Scottish Certificate of Education, 1963
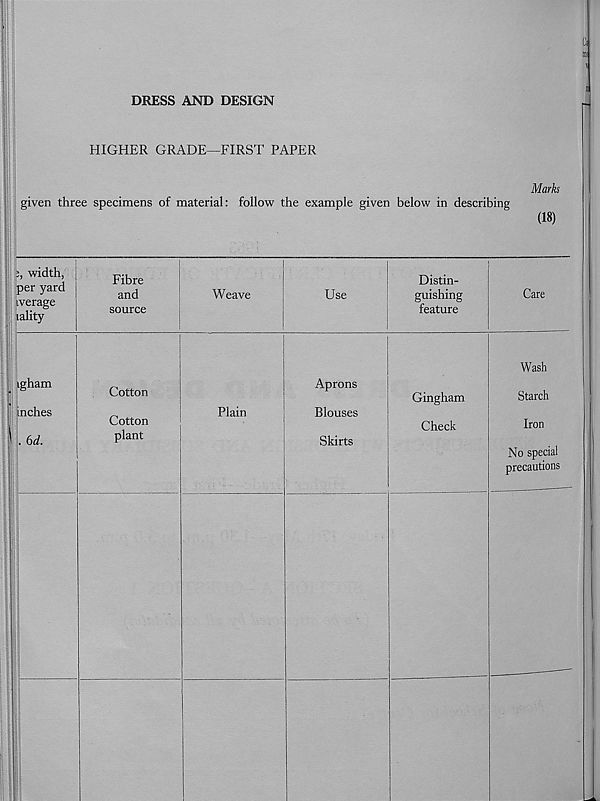
DRESS AND DESIGN
HIGHER GRADE-FIRST PAPER
given three specimens of material: follow the example given below in describing
Marks
(18)
|p, width,
per yard
tverage
lality
Fibre
and
source
Weave
Use
Distin-
guishing
feature
Care
igham
inches
. 6d.
Cotton
Cotton
plant
Plain
Aprons
Blouses
Skirts
Gingham
Check
Wash
Starch
Iron
No special
precautions